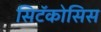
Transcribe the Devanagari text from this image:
सिटॅकोसिस